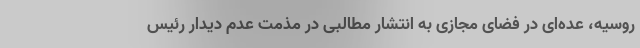
روسیه، عده‌ای در فضای مجازی به انتشار مطالبی در مذمت عدم دیدار رئیس